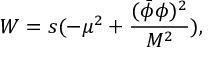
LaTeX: W = s ( - \mu ^ { 2 } + \frac { ( \bar { \phi } \phi ) ^ { 2 } } { M ^ { 2 } } ) ,